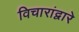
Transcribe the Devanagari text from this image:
विचारांद्वारे